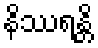
နိဿရန္တိ